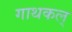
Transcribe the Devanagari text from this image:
गाथकल्